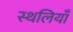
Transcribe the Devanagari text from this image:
स्थलियाँ